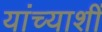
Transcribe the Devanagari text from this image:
यांच्याशीं